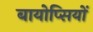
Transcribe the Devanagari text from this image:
बायोप्‍िसयों